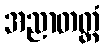
အညာတတ္ထံ